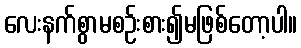
လေးနက်စွာမစဉ်းစား၍မဖြစ်တော့ပါ။